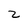
Character: z